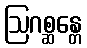
ဩဂစ္ဆန္တေ